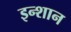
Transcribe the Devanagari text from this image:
इन्शान